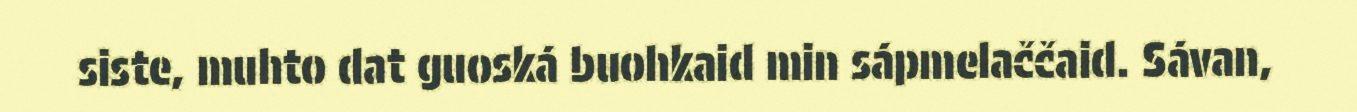
siste, muhto dat guoská buohkaid min sápmelaččaid. Sávan,